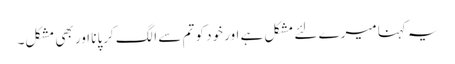
یہ کہنا میرے لئے مشکل ہے اور خود کو تم سے الگ کرپانا اور بھی مشکل۔